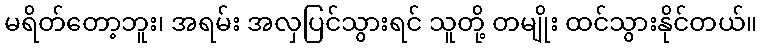
မရိတ်တော့ဘူး၊ အရမ်း အလှပြင်သွားရင် သူတို့ တမျိုး ထင်သွားနိုင်တယ်။